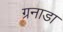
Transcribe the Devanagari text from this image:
ग्रनाडा